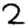
Digit: 2